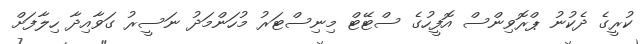
ކުރީގެ ދެކުނު ޕްރޮވިންސް އޮފީހުގެ ސްޓޭޓް މިނިސްޓަރު މުހަންމަދު ނަސީރު ގަވާއިދާ ހިލާފަށް